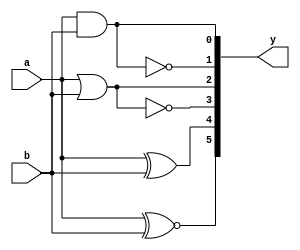
`timescale 1ns / 1ps
//////////////////////////////////////////////////////////////////////////////////
// Company: 
// Engineer: 
// 
// Design Name: 
// Module Name: gates2
// Project Name: 
// Target Devices: 
// Tool Versions: 
// Description: 
// 
// Dependencies: 
// 
// Revision:
// Revision 0.01 - File Created
// Additional Comments:
// 
//////////////////////////////////////////////////////////////////////////////////


module gates2(
    input a,
    input b,
    output [5:0] y
    );
    assign y[0] = a&b;
    assign y[1] = ~(a&b);
    assign y[2] = a|b;
    assign y[3] = ~(a|b);
    assign y[4] = a^b;
    assign y[5] = a~^b;
endmodule